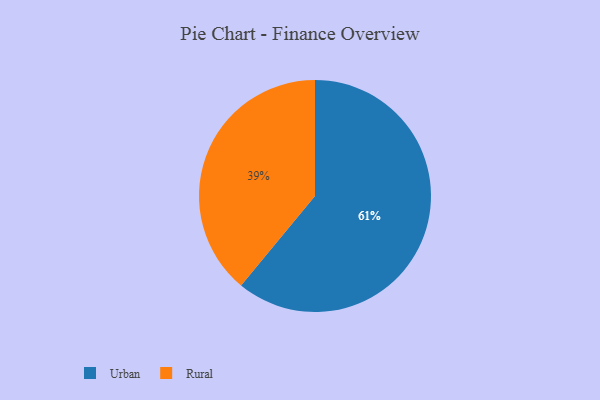
{"axis": {"x": "Category", "y": "Percentage"}, "legend": ["Rural", "Urban"], "data": [{"x": "Urban", "y": 61, "type": "Urban"}, {"x": "Rural", "y": 39, "type": "Rural"}]}